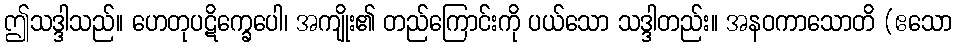
ဤသဒ္ဒါသည်။ ဟေတုပဋိက္ခေပေါ၊ အကျိုး၏ တည်ကြောင်းကို ပယ်သော သဒ္ဒါတည်း။ အနဝကာသောတိ (ဧသော